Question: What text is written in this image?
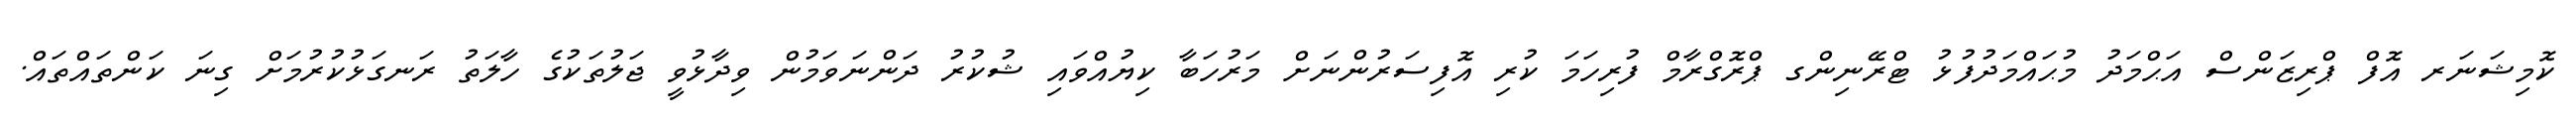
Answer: ކޮމިޝަނަރ އޮފް ޕްރިޒަންސް އަޙްމަދު މުޙައްމަދުފުޅު ޓްރޭނިންގ ޕްރޮގްރާމް ފުރިހަމަ ކުރި އޮފިސަރުންނަށް މަރުހަބާ ކިޔުއްވައި ޝުކުރު ދަންނަވަމުން ވިދާޅުވީ ޖަލުތަކުގެ ހާލަތު ރަނގަޅުކުރުމަށް ގިނަ ކަންތައްތައް.